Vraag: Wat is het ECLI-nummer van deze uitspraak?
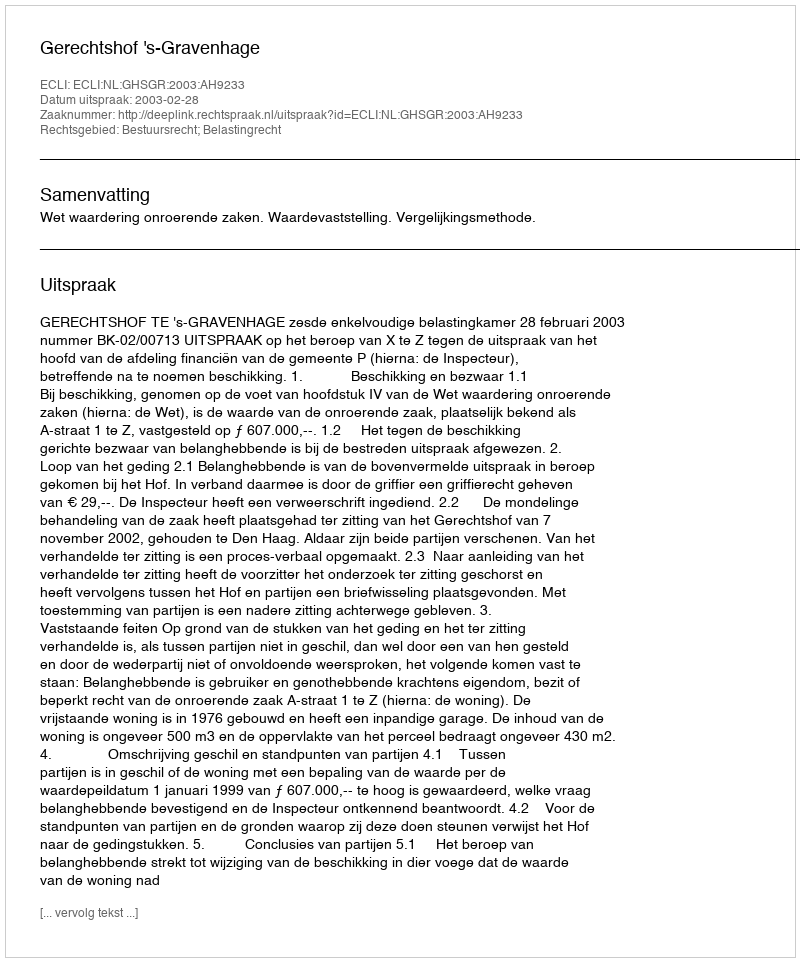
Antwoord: ECLI:NL:GHSGR:2003:AH9233